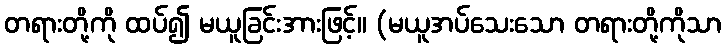
တရားတို့ကို ထပ်၍ မယူခြင်းအားဖြင့်။ (မယူအပ်သေးသော တရားတို့ကိုသာ